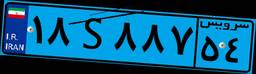
۱۸S۸۸۷۵۴